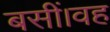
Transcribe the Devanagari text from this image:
बसीं।वह